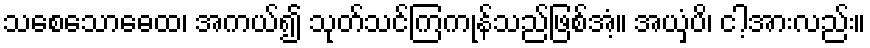
သစေသောဓေထ၊ အကယ်၍ သုတ်သင်ကြကုန်သည်ဖြစ်အံ့။ အယှံပိ၊ ငါ့အားလည်း။